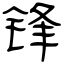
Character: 锋